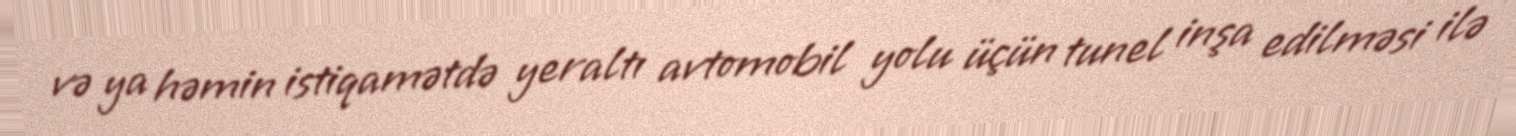
və ya həmin istiqamətdə yeraltı avtomobil yolu üçün tunel inşa edilməsi ilə